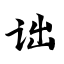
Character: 诎